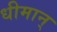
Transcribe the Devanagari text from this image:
धीमान्‌